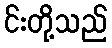
င်းတို့သည်